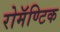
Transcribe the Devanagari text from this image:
रोमॅण्टिक